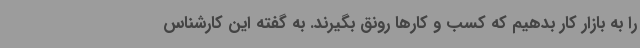
را به بازار کار بدهیم که کسب و کارها رونق بگیرند. به گفته این کارشناس